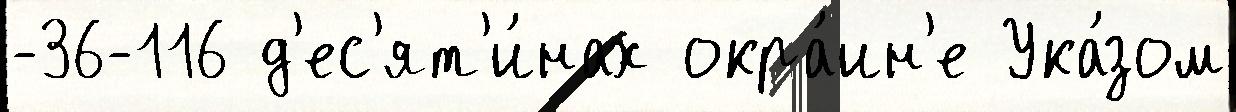
-36-116 д'ес'ят'и́нах окра́ин'е Ука́зом